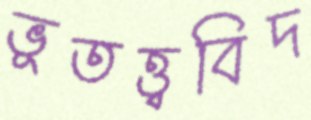
ভূতত্ত্ববিদ